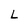
Character: L